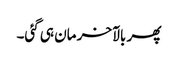
پھر بالآخر مان ہی گئی۔